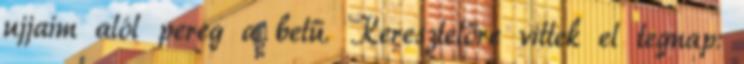
ujjaim alól pereg a betű. Keresztelőre vittek el tegnap: